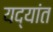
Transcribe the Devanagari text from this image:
यद्यांत